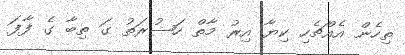
ތިހެން އެެއްޗެހި ކިޔާ އިރު މާތް ހަޟުރަތު ގަ ތިބާ ގެ ފާފަ